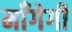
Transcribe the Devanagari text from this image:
माँगेगी